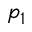
p _ { 1 }